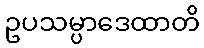
ဥပသမ္ပာဒေထာတိ